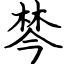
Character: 棽